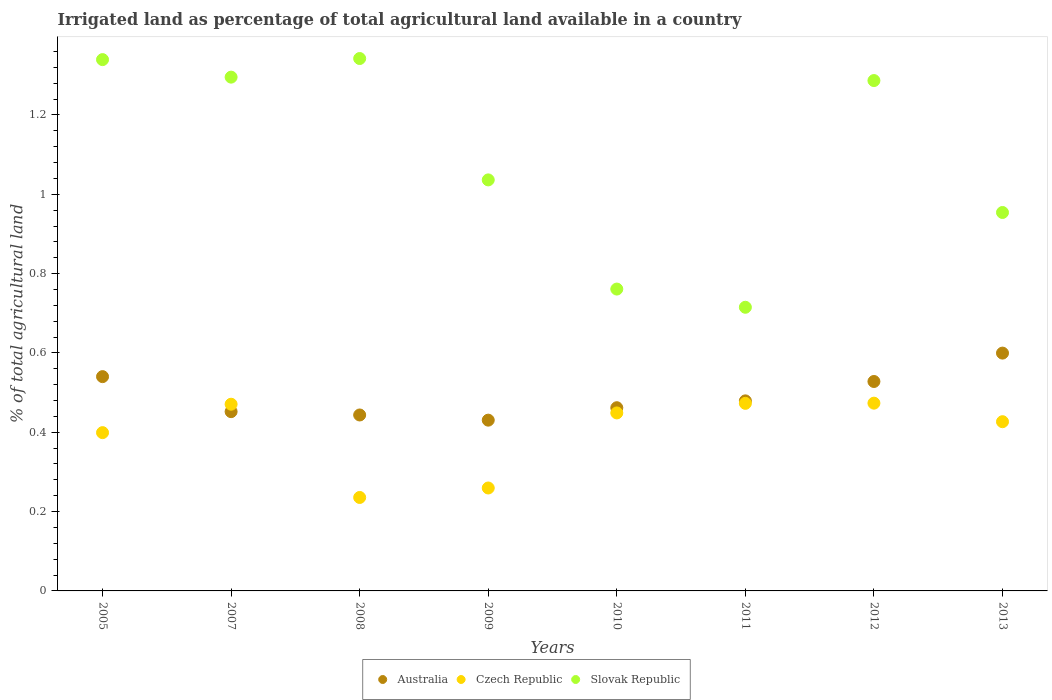
| Years | Australia | Czech Republic | Slovak Republic |
 | --- | --- | --- | --- |
 | 2005 | 0.54 | 0.399 | 1.34 |
 | 2007 | 0.452 | 0.471 | 1.3 |
 | 2008 | 0.444 | 0.236 | 1.34 |
 | 2009 | 0.431 | 0.259 | 1.04 |
 | 2010 | 0.462 | 0.449 | 0.761 |
 | 2011 | 0.479 | 0.473 | 0.715 |
 | 2012 | 0.528 | 0.473 | 1.29 |
 | 2013 | 0.6 | 0.427 | 0.954 |